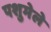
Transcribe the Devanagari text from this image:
पशुमेले